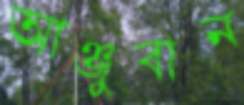
আঞ্জুবান